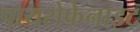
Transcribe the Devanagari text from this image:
पायरोफेनाइट